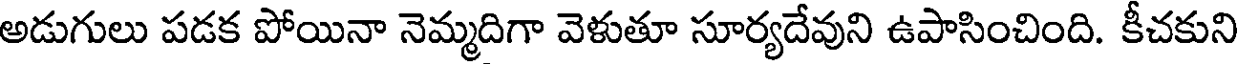
అడుగులు పడక పోయినా నెమ్మదిగా వెళుతూ సూర్యదేవుని ఉపాసించింది. కీచకుని